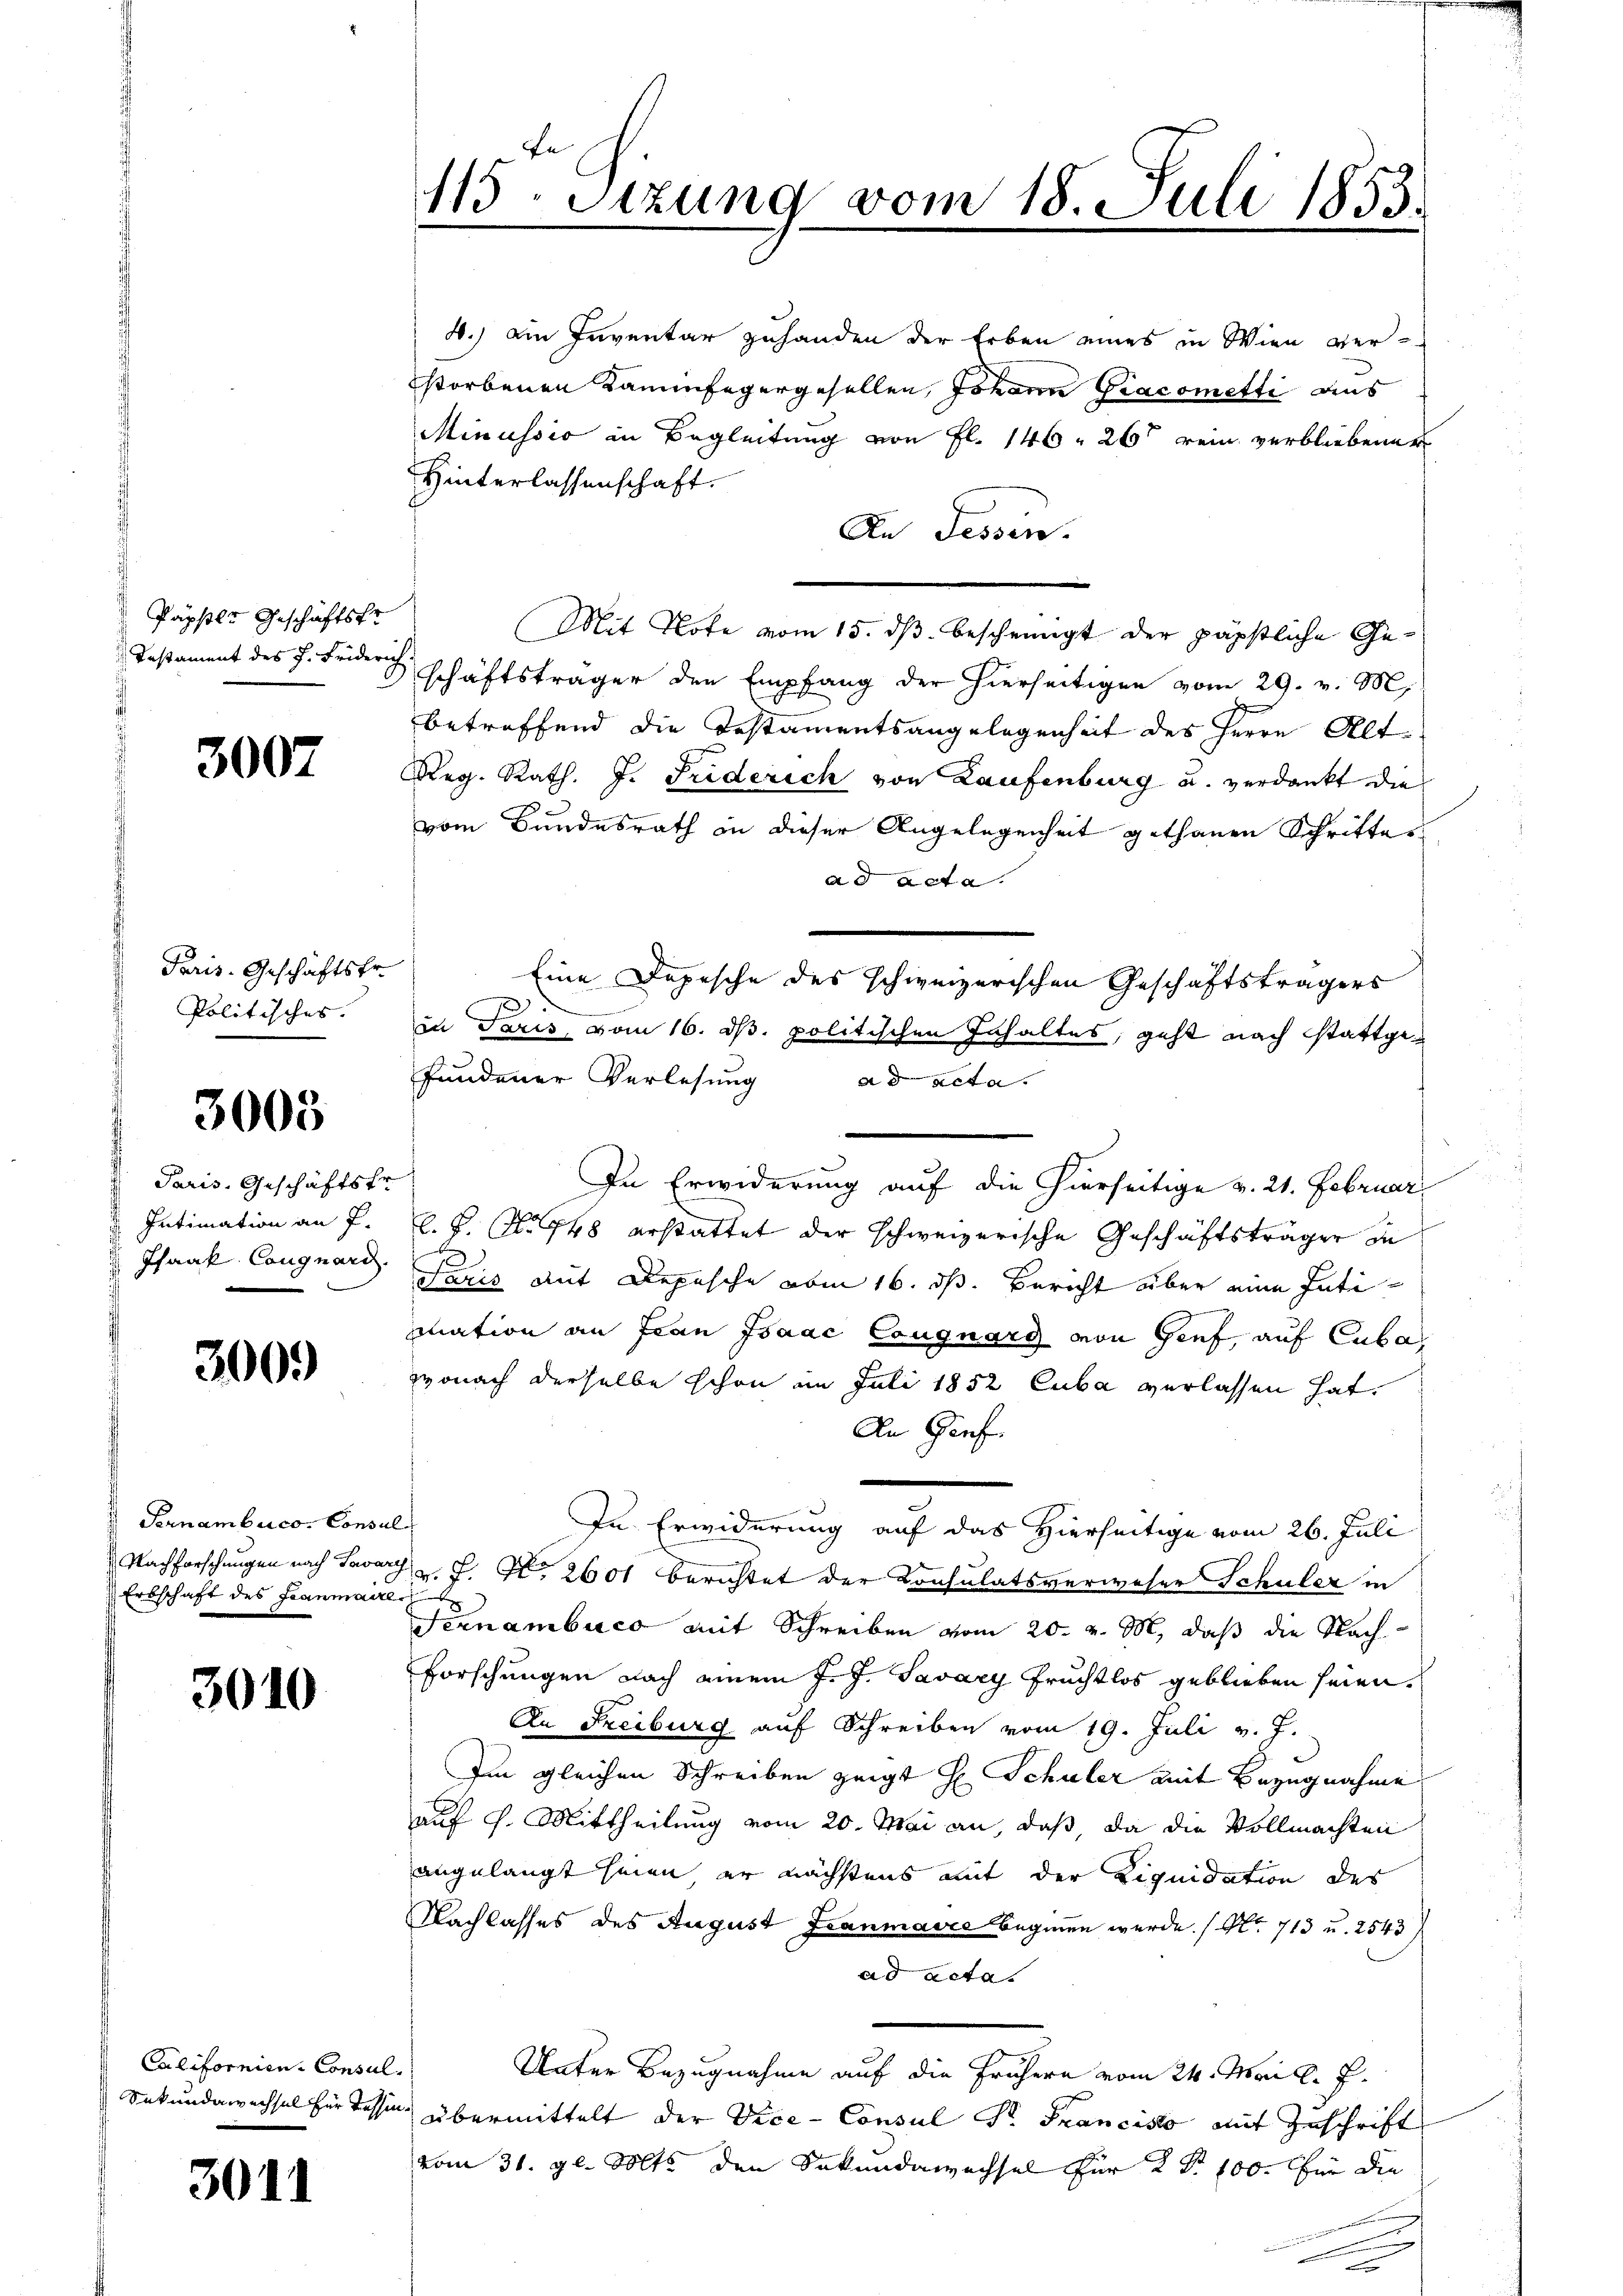
Papstes Geschäftsfr
 Testament des J. Friderich.

3007

Paris. Geschäftsfr.
Politisches.

3005

Paris, Geschäftsfr.
Intimation an J.
Pfaak Cangnard.

3000

Pernamberco Consul
Erbschaft des Franmaire

3010

4.) ein Inventar zuhanden der Erben eines in Wien verstorbenen Kaminfegergesellen, Johann Gracometti aus
Minussio in Begleitung von fl. 146. 26t rein verbliebener
Hinterlassenschaft.
An Fessen.
Mit Note vom 15. dβ bescheinigt der päpstliche Geschäftsträger den Empfang der hierseitigen vom 29. v. M.
betreffend die Testamentsangelegenheit des Herrn Alt¬
Reg. Rath. J. Friderich von Laufenburg u. verdankt die
vom Bundesrath an dieser Angelegenheit gethanen Schrittes
ad Acta.
Eine Depesche des schweizerischen Geschäftsträgers
7
in Paris, vom 16. d. politischen Inhaltes, geht nach stattgefundener Verlesung
ad acta.
In Erwiderung auf die hierseitige v. 21. Februar
l. P. Nr. 748 erstattet der schweizerische Geschäftsträger in
b
Saris mit Depesche vom 16. ds. Bericht über eine Intimation an Frau Isaac Cougnarg von Genf, auf Cuba
wonach derselbe schon im Juli 1852 Cuba verlassen hat,
An Genf
e
In Erwiderung auf das Hierseitige vom 26. Juli
Nachforschungen nach Savars u. f. No 2601 berichtet der Consulatsverweser Schuler in
Fernambuco mit Schreiben vom 20. v. M., daß die Nach
Forschungen nach einem J. J. Savary Fruchtlos geblieben seien.
An Freiburg auf Schreiben vom 19. Juli v. J.
Im gleichen Schreiben zeigt H. Schuler mit Bezugnahme
auf 9. Mittheilung vom 20. Mai an, daß, da die Vollmachten
angelangt seien er nächstens mit der Liquidation des
Nachlasses des August Franmavić beginen werde. (No. 713 u. 2543
ad acta.
Unter Bezugnahme auf die Frühern vom 24. Mai l. J.
Sekundawechsel für Tessin übermittelt der Vice-Consul Dr. Francisto mit Zuschrift
vom 31. gl. Mts. den Sekundawechsel für 2 Fr. 100. für die
e

Californien Consul

3011

115 Stzung vom 18. Juli 1853.